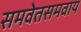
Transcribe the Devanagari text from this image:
समवेतसमवाय